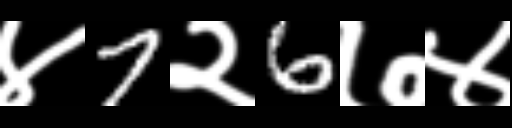
Text: ४7२6७४